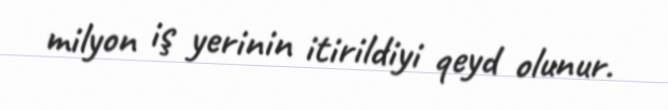
milyon iş yerinin itirildiyi qeyd olunur.